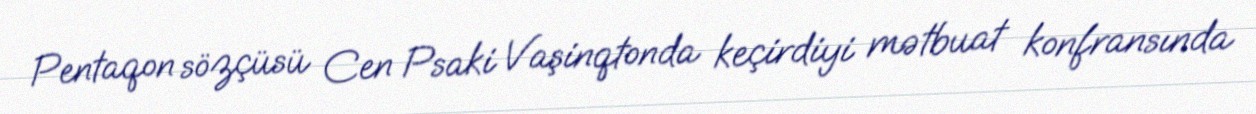
Pentaqon sözçüsü Cen Psaki Vaşinqtonda keçirdiyi mətbuat konfransında